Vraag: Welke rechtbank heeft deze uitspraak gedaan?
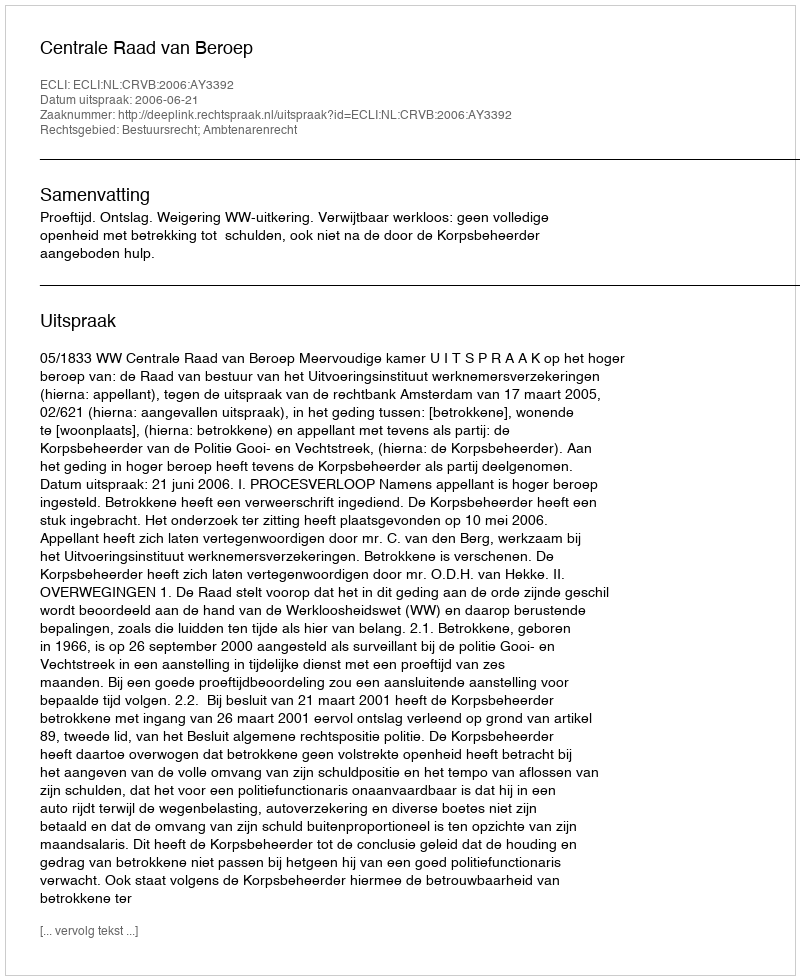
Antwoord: Centrale Raad van Beroep